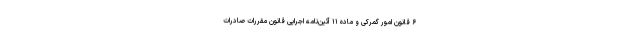
۶ قانون امور گمرکی و ماده ۱۱ آئین‌نامه اجرایی قانون مقررات صادرات